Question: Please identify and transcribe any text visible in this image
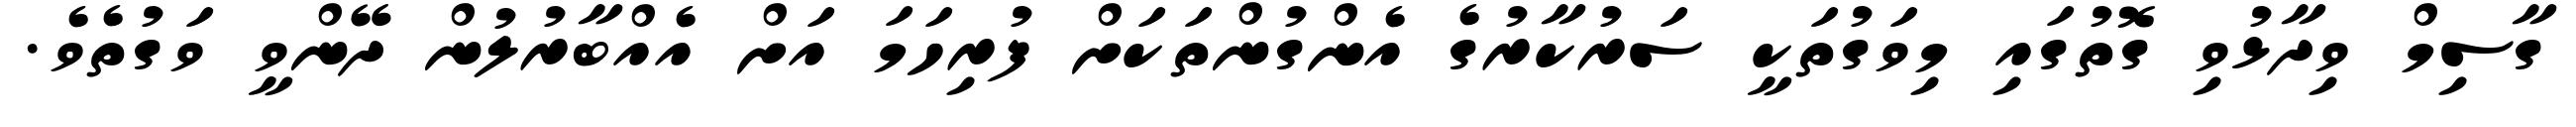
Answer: ގާސިމް ވިދާޅުވި ގޮތުގައި މިވަގުތަކީ ސަރުކާރުގެ އެންގުންތަކަށް ފުރިހަމަ އަށް އެއްބާރުލުން ދޭންވީ ވަގުތެވެ.